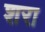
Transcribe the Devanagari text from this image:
शरा